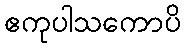
ဧကုပါသကောပိ